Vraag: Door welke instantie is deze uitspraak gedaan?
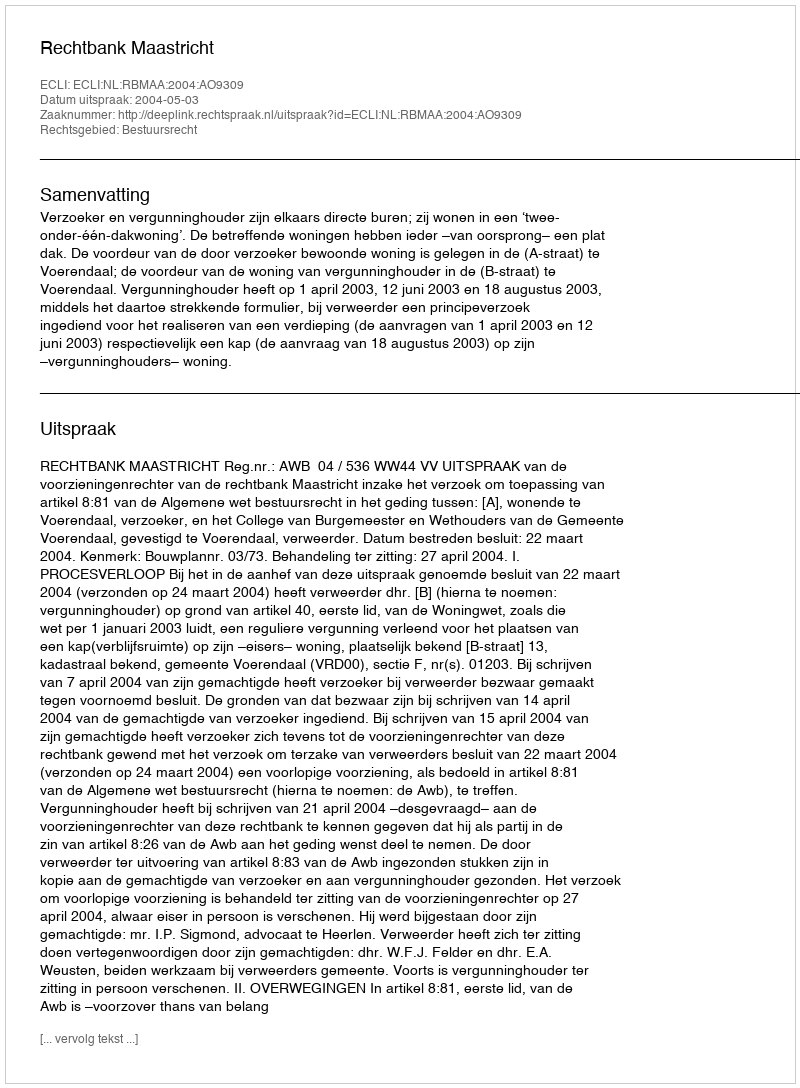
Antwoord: Rechtbank Maastricht